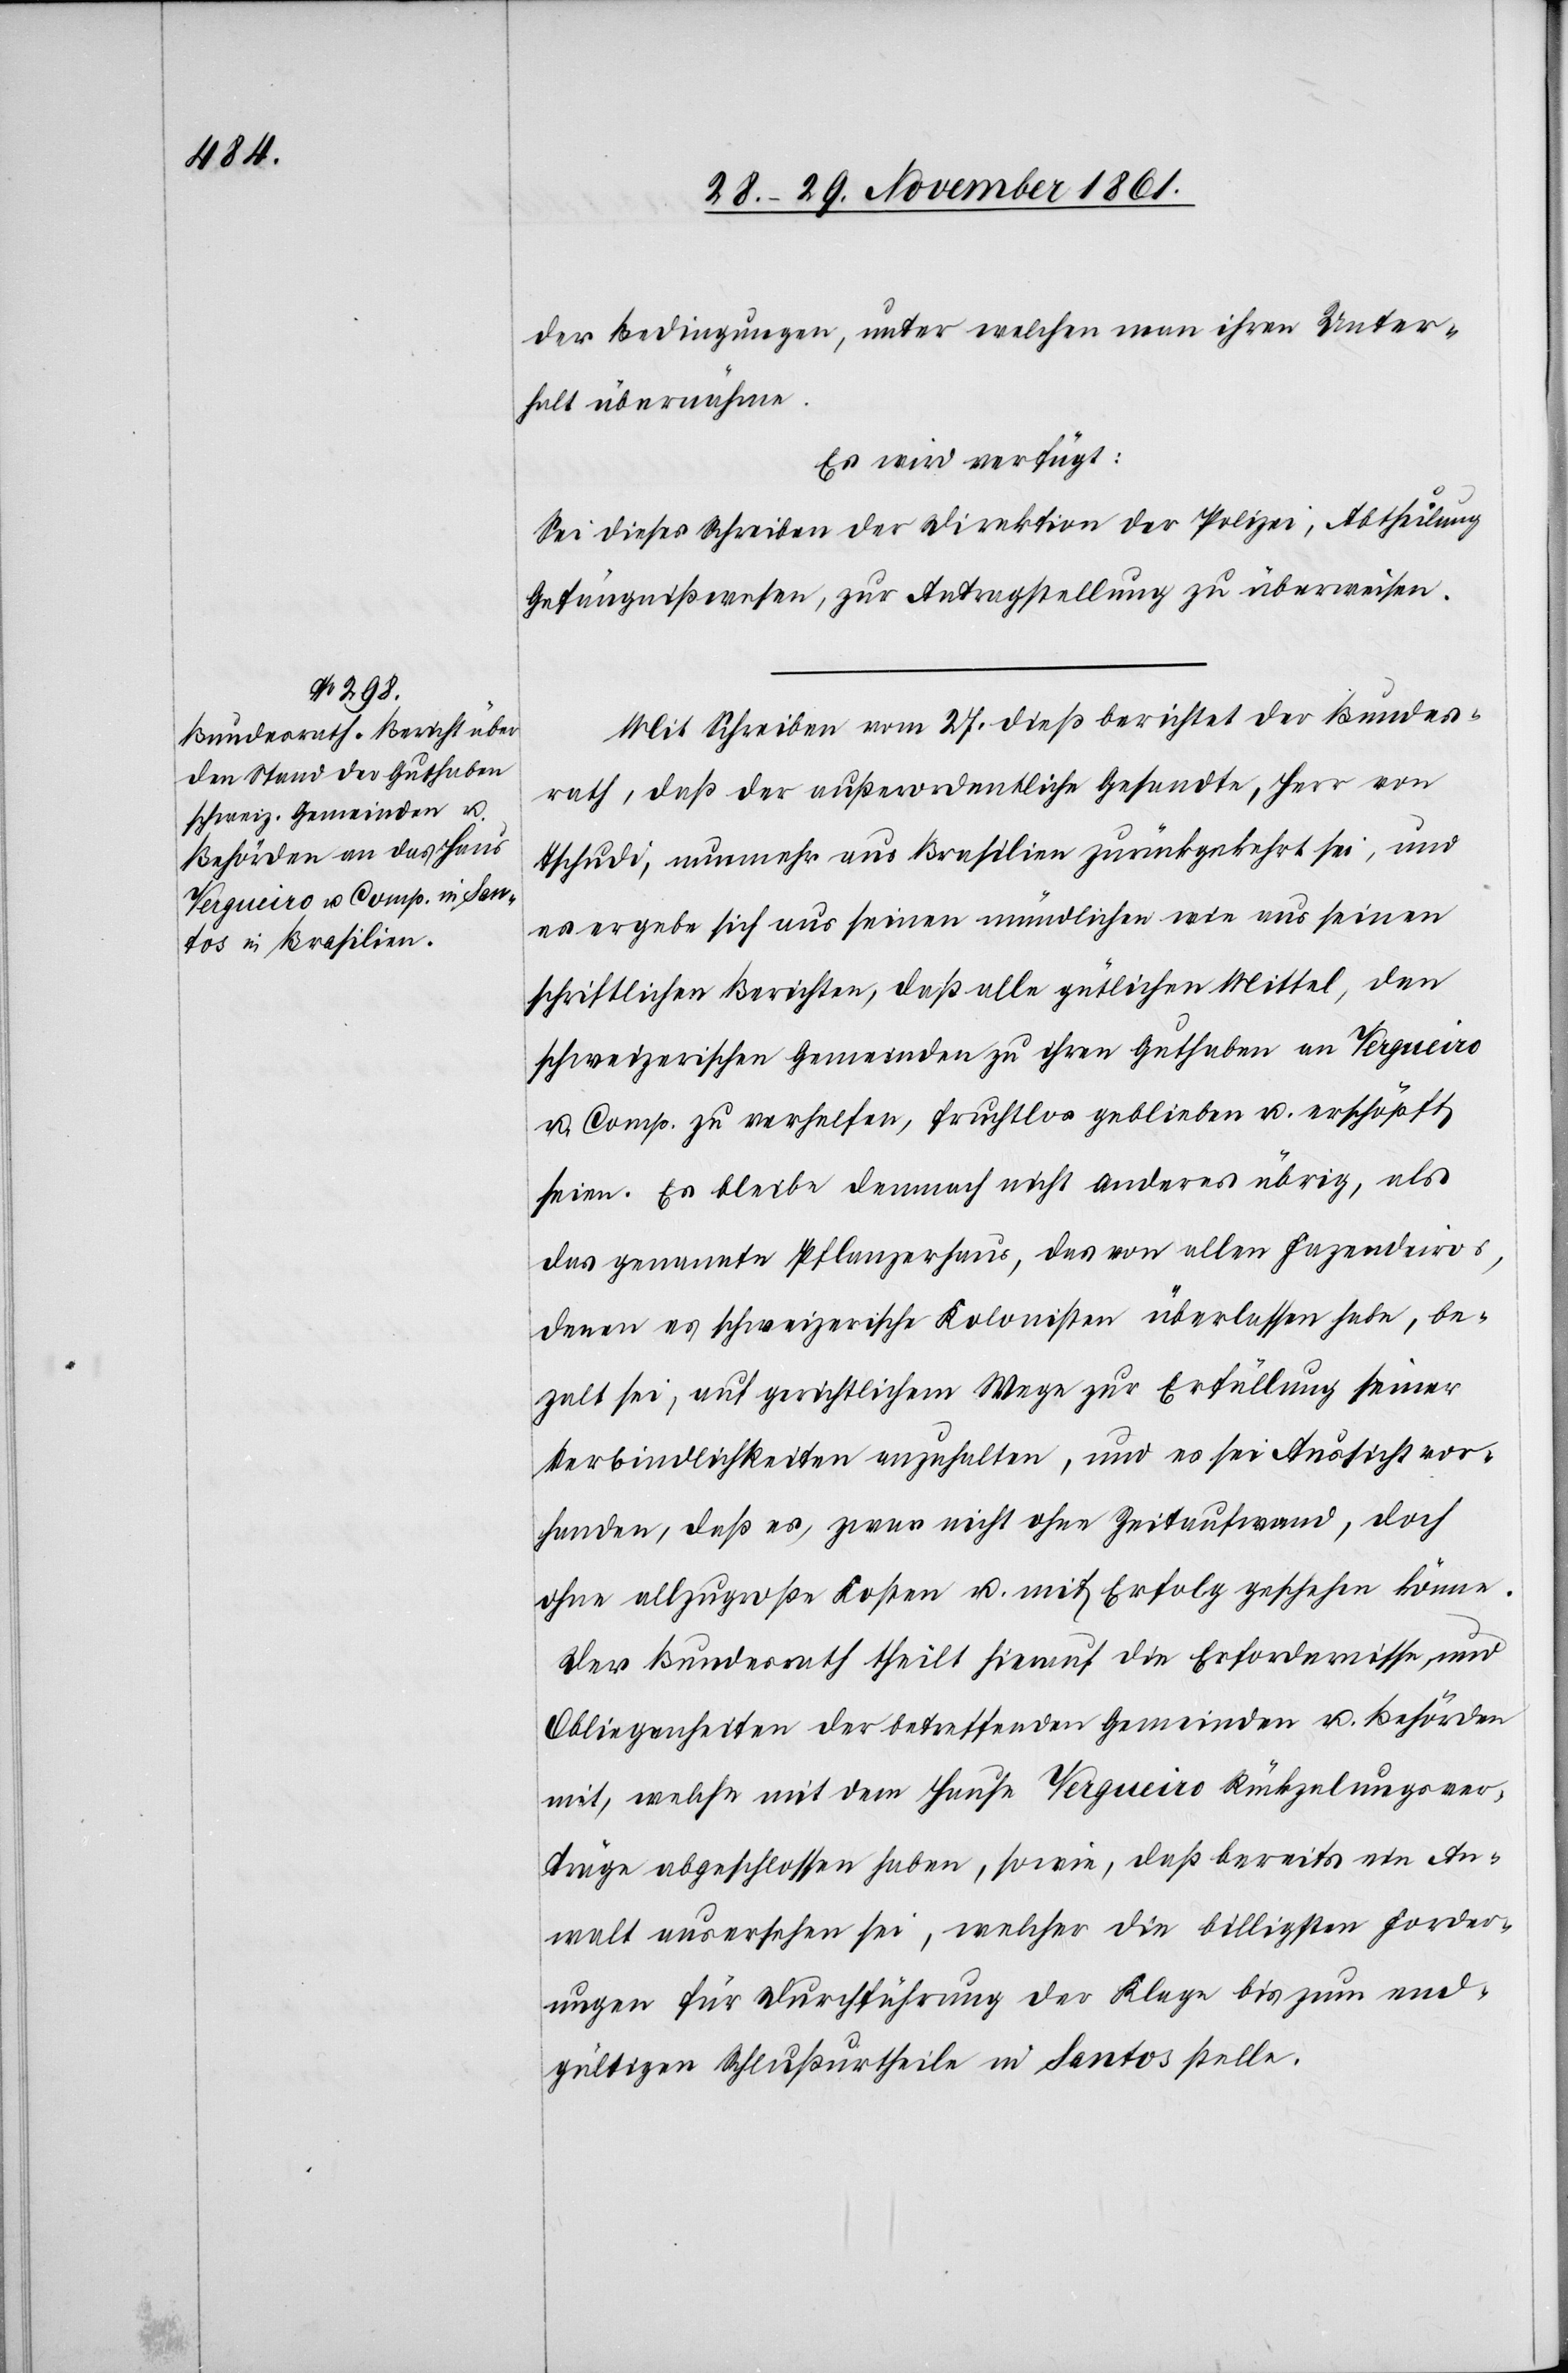
der Bedingungen, unter welchen man ihren Unter¬
halt übernähme.
Es wird verfügt:
Sei dieses Schreiben der Direktion der Polizei, Abtheilung
Gefängnißwesen, zur Antragstellung zu überweisen.
Mit Schreiben vom 27 dieß berichtet der Bundes¬
rath, daß der außerordentliche Gesandte, Herr von
Tschudi, nunmehr aus Brasilien zurückgekehrt sei, und
es ergebe sich aus seinem mündlichen wie aus seinen
schriftlichen Berichten, daß alle gütlichen Mittel, den
schweizerischen Gemeinden zu ihren Guthaben an Tergueiro
u. Comp. zu verhelfen, fruchtlos geblieben u. erschöpft
seien. Es bleibe demnach nichts anderes übrig, als
das genannte Pflanzerhaus, das von allen Fazendeiros,
denen es schweizerische Kolonisten überlassen habe, be¬
zalt sei, auf gerichtlichem Wege zur Erfüllung seiner
Verbindlichkeiten anzuhalten, und es sei Aussicht vor¬
handen, daß es, zwar nicht ohne Zeitaufwand, doch
ohne allzugroße Kosten u. mit Erfolg geschehen könne.
Der Bundesrath theilt hierauf die Erfordernisse, und
Obliegenheiten der betreffenden Gemeinden u. Behörden
mit, welche mit dem Hause Tergueiro Rückzalungsver¬
träge abgeschlossen haben, sowie, daß bereits ein An¬
walt ausersehen sei, welcher die billigsten Forder¬
ungen für Durchführung der Klage bis zum end¬
gültigen Schlußurtheile in Santons stelle.